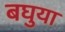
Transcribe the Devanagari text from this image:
बघुया